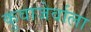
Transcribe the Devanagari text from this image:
कुवाजेर्वाला